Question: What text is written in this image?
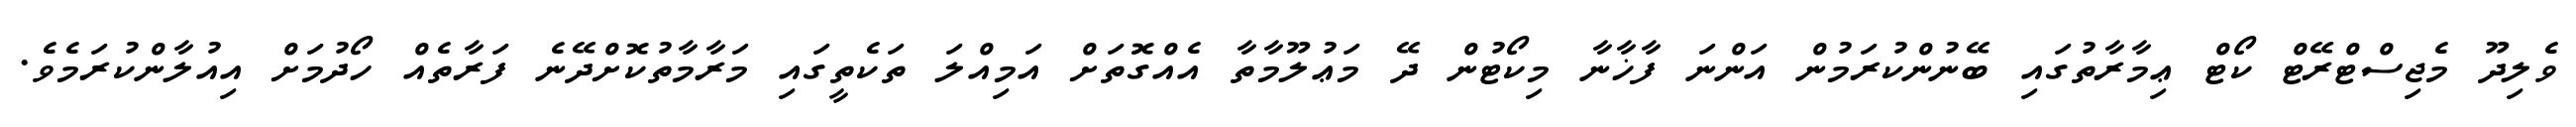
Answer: ވެލިދޫ މެޖިސްޓްރޭޓް ކޯޓް ޢިމާރާތުގައި ބޭނުންކުރަމުން އަންނަ ފާޚާނާ މިކޯޓުން ދޭ މަޢުލޫމާތާ އެއްގޮތަށް އަމިއްލަ ތަކެތީގައި މަރާމާތުކޮށްދޭނެ ފަރާތެއް ހޯދުމަށް އިއުލާންކުރަމެވެ.